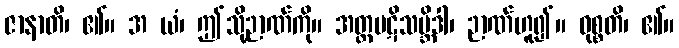
ဇာနာတိ၊ ၏။ အ ယံ၊ ဤသို့ဉာဏ်ကို။ အတ္ထပဋိသမ္ဘိဒါ၊ ဉာဏ်ဟူ၍။ ဝုစ္စတိ၊ ၏။